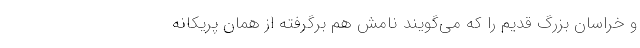
و خراسان بزرگ قدیم را که می‌گویند نامش هم برگرفته از همان پریکانه